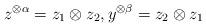
LaTeX: \begin{align*}z^{\otimes \alpha}=z_1\otimes z_2,y^{\otimes \beta}=z_2\otimes z_1\end{align*}